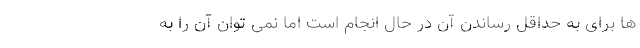
ها برای به حداقل رساندن آن در حال انجام است اما نمی توان آن را به